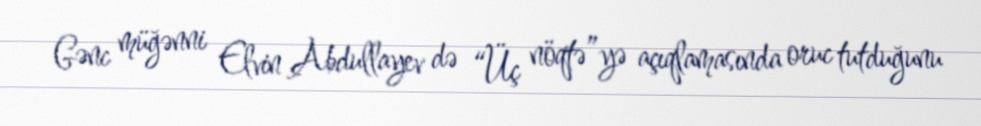
Gənc müğənni Elvin Abdullayev də “Üç nöqtə”yə açıqlamasında oruc tutduğunu